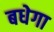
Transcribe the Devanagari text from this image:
बधेगा